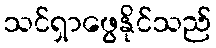
သင်ရှာဖွေနိုင်သည်